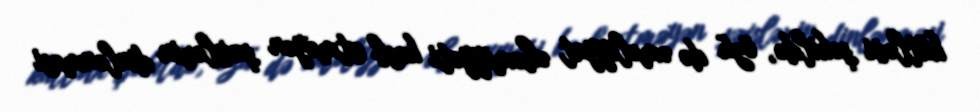
kütləvi şəkildə, özü də əməliyyat əhəmiyyəti kəsb etməyən şəxslərin dinlənməsi